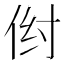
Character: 𪜺